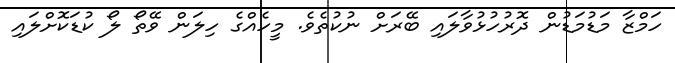
ހަމްޒާ މަޑުމަޑުން ދޮރުހުޅުވާލައި ބޭރަށް ނުކުތެވެ. މީހެއްގެ ހިލަން ވޭތޯ ލޯ ކުޑަކޮށްލައި